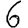
Digit: 6